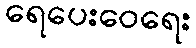
ရေပေးဝေရေး